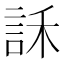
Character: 訸